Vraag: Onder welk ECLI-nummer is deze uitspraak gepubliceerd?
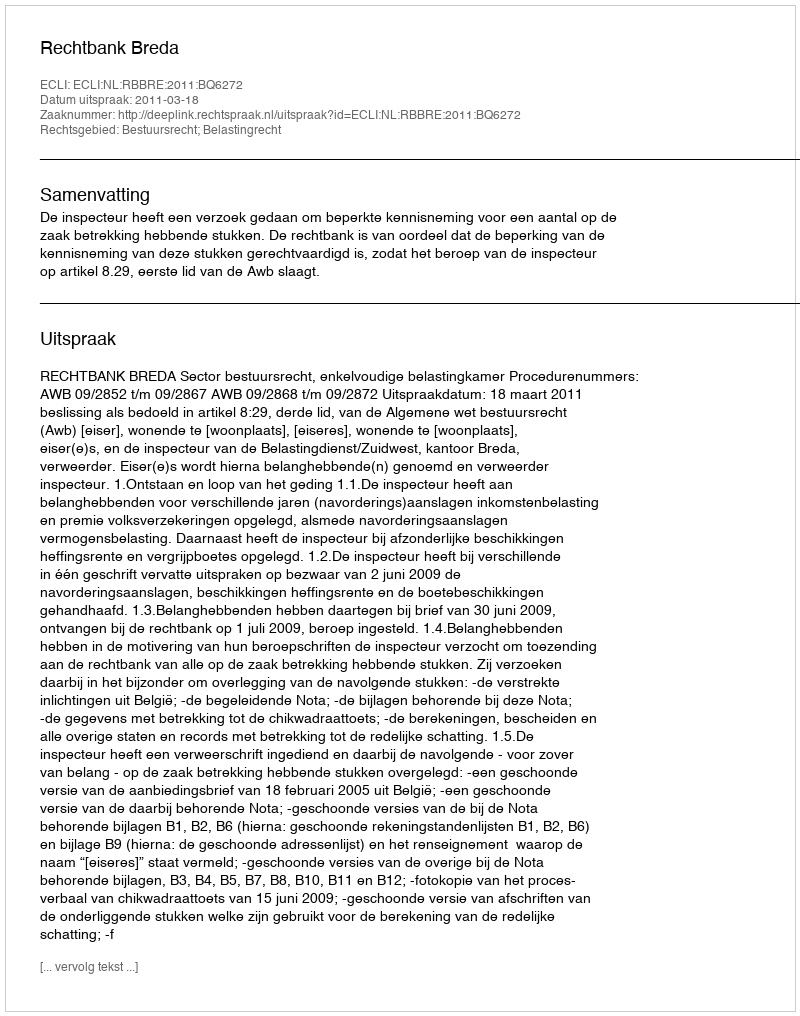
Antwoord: ECLI:NL:RBBRE:2011:BQ6272